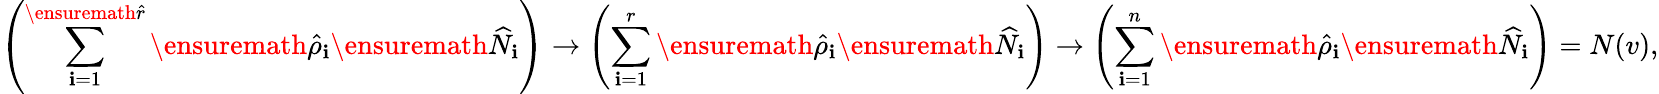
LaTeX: \left(\sum_{\mathbf{i}=1}^{\ensuremath{{\hat{{r}}}}}\ensuremath{{\hat{{\rho}}}}_{\mathbf{i}}\ensuremath{{\widehat{{N}}}}_{\mathbf{i}}\right)\to\left(\sum_{\mathbf{i}=1}^{r}\ensuremath{{\hat{{\rho}}}}_{\mathbf{i}}\ensuremath{{\widehat{{N}}}}_{\mathbf{i}}\right)\to\left(\sum_{\mathbf{i}=1}^{n}\ensuremath{{\hat{{\rho}}}}_{\mathbf{i}}\ensuremath{{\widehat{{N}}}}_{\mathbf{i}}\right)=N(v),